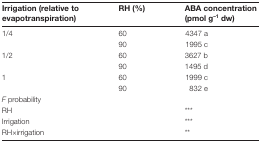
<table><thead><tr><td><b>Irrigation (relative to evapotranspiration)</b></td><td><b>RH (%)</b></td><td><b>ABA concentration (pmol g<sup>–1</sup> dw)</b></td></tr></thead><tbody><tr><td rowspan="2">1/4</td><td>60</td><td>4347 a</td></tr><tr><td>90</td><td>1995 c</td></tr><tr><td rowspan="2">1/2</td><td>60</td><td>3627 b</td></tr><tr><td>90</td><td>1495 d</td></tr><tr><td rowspan="2">1</td><td>60</td><td>1999 c</td></tr><tr><td>90</td><td>832 e</td></tr><tr><td colspan="3"><i>F</i> probability</td></tr><tr><td>RH</td><td></td><td>***</td></tr><tr><td>Irrigation</td><td></td><td>***</td></tr><tr><td>RH×irrigation</td><td></td><td>**</td></tr></tbody></table>